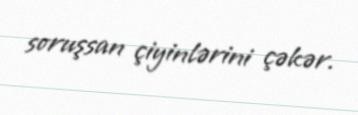
soruşsan çiyinlərini çəkər.